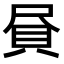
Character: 𧴾